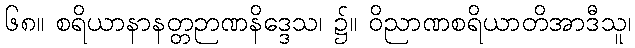
၆၈။ စရိယာနာနတ္တဉာဏနိဒ္ဒေသ၊ ၌။ ဝိညာဏစရိယာတိအာဒီသူ၊